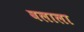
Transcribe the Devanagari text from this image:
वलाला